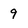
Character: 9